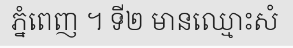
ភ្នំពេញ ។ ទី២ មានឈ្មោះសំ